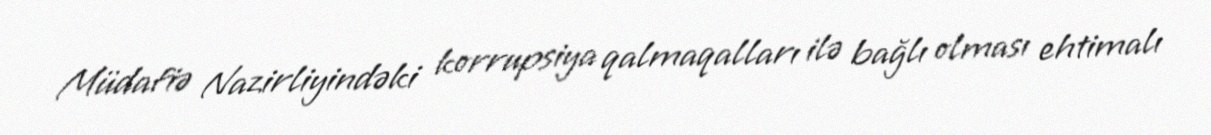
Müdafiə Nazirliyindəki korrupsiya qalmaqalları ilə bağlı olması ehtimalı